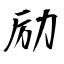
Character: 励